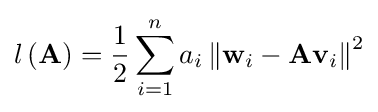
l\left(\mathbf {A} \right)={\frac {1}{2}}\sum _{i=1}^{n}a_{i}\left\|\mathbf {w} _{i}-\mathbf {A} \mathbf {v} _{i}\right\|^{2}